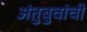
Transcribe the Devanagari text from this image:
अंतुबुवांची